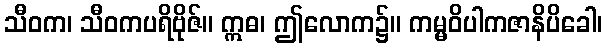
သီဝက၊ သီဝကပရိဗိုဇ်။ ဣဓ၊ ဤလောက၌။ ကမ္မဝိပါကဇာနိပိခေါ၊